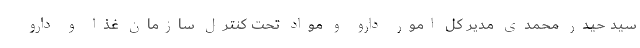
سید حیدر محمدی مدیر کل امور دارو و مواد تحت کنترل سازمان غذا و دارو